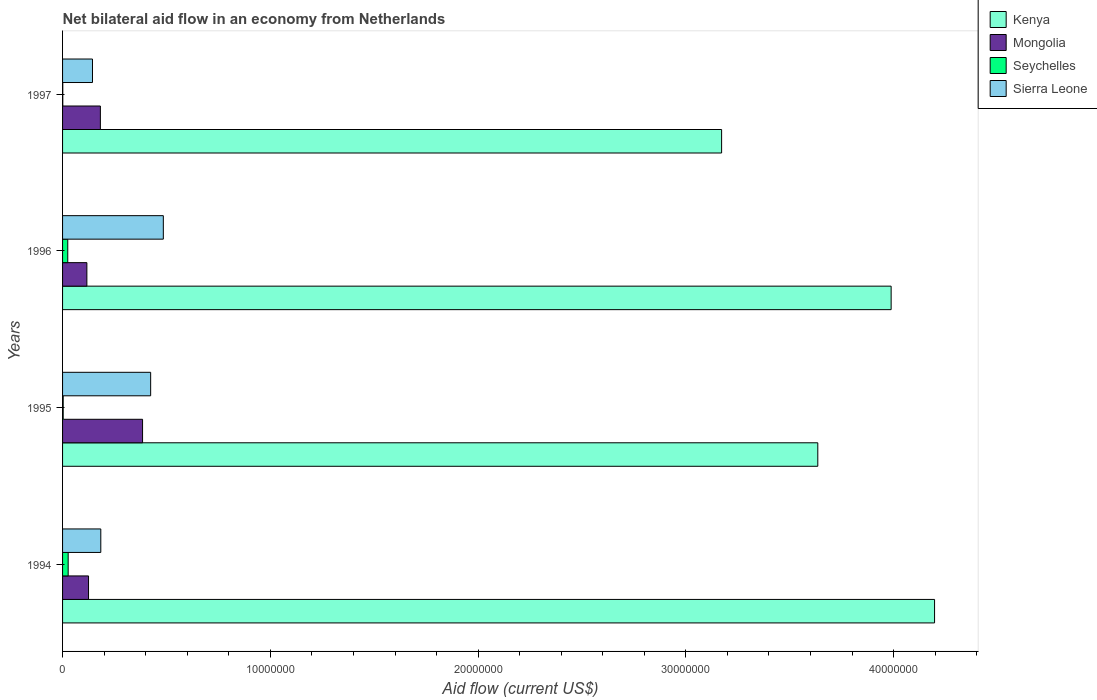
| Years | Kenya | Mongolia | Seychelles | Sierra Leone |
 | --- | --- | --- | --- | --- |
 | 1994 | 4.2e+07 | 1.25e+06 | 2.7e+05 | 1.84e+06 |
 | 1995 | 3.64e+07 | 3.85e+06 | 3e+04 | 4.24e+06 |
 | 1996 | 3.99e+07 | 1.17e+06 | 2.5e+05 | 4.85e+06 |
 | 1997 | 3.17e+07 | 1.82e+06 | 1e+04 | 1.44e+06 |